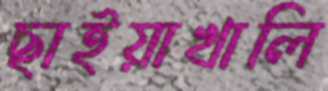
ছাইয়াখালি